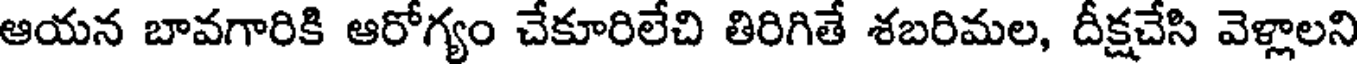
ఆయన బావగారికి ఆరోగ్యం చేకూరిలేచి తిరిగితే శబరిమల, దీక్షచేసి వెళ్లాలని